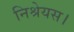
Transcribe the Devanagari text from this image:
निश्रेयस।